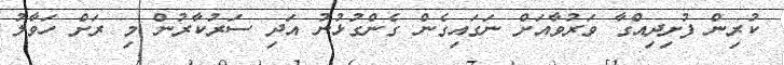
ކުރިން ފުށިދިއްގާ ވަރުވާއަށް ނަގައިގެން ގެންގުޅުނު އަދި ސަރުކާރުން މި ރަށް ހަވާލު